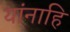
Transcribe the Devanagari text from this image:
यांनाहि